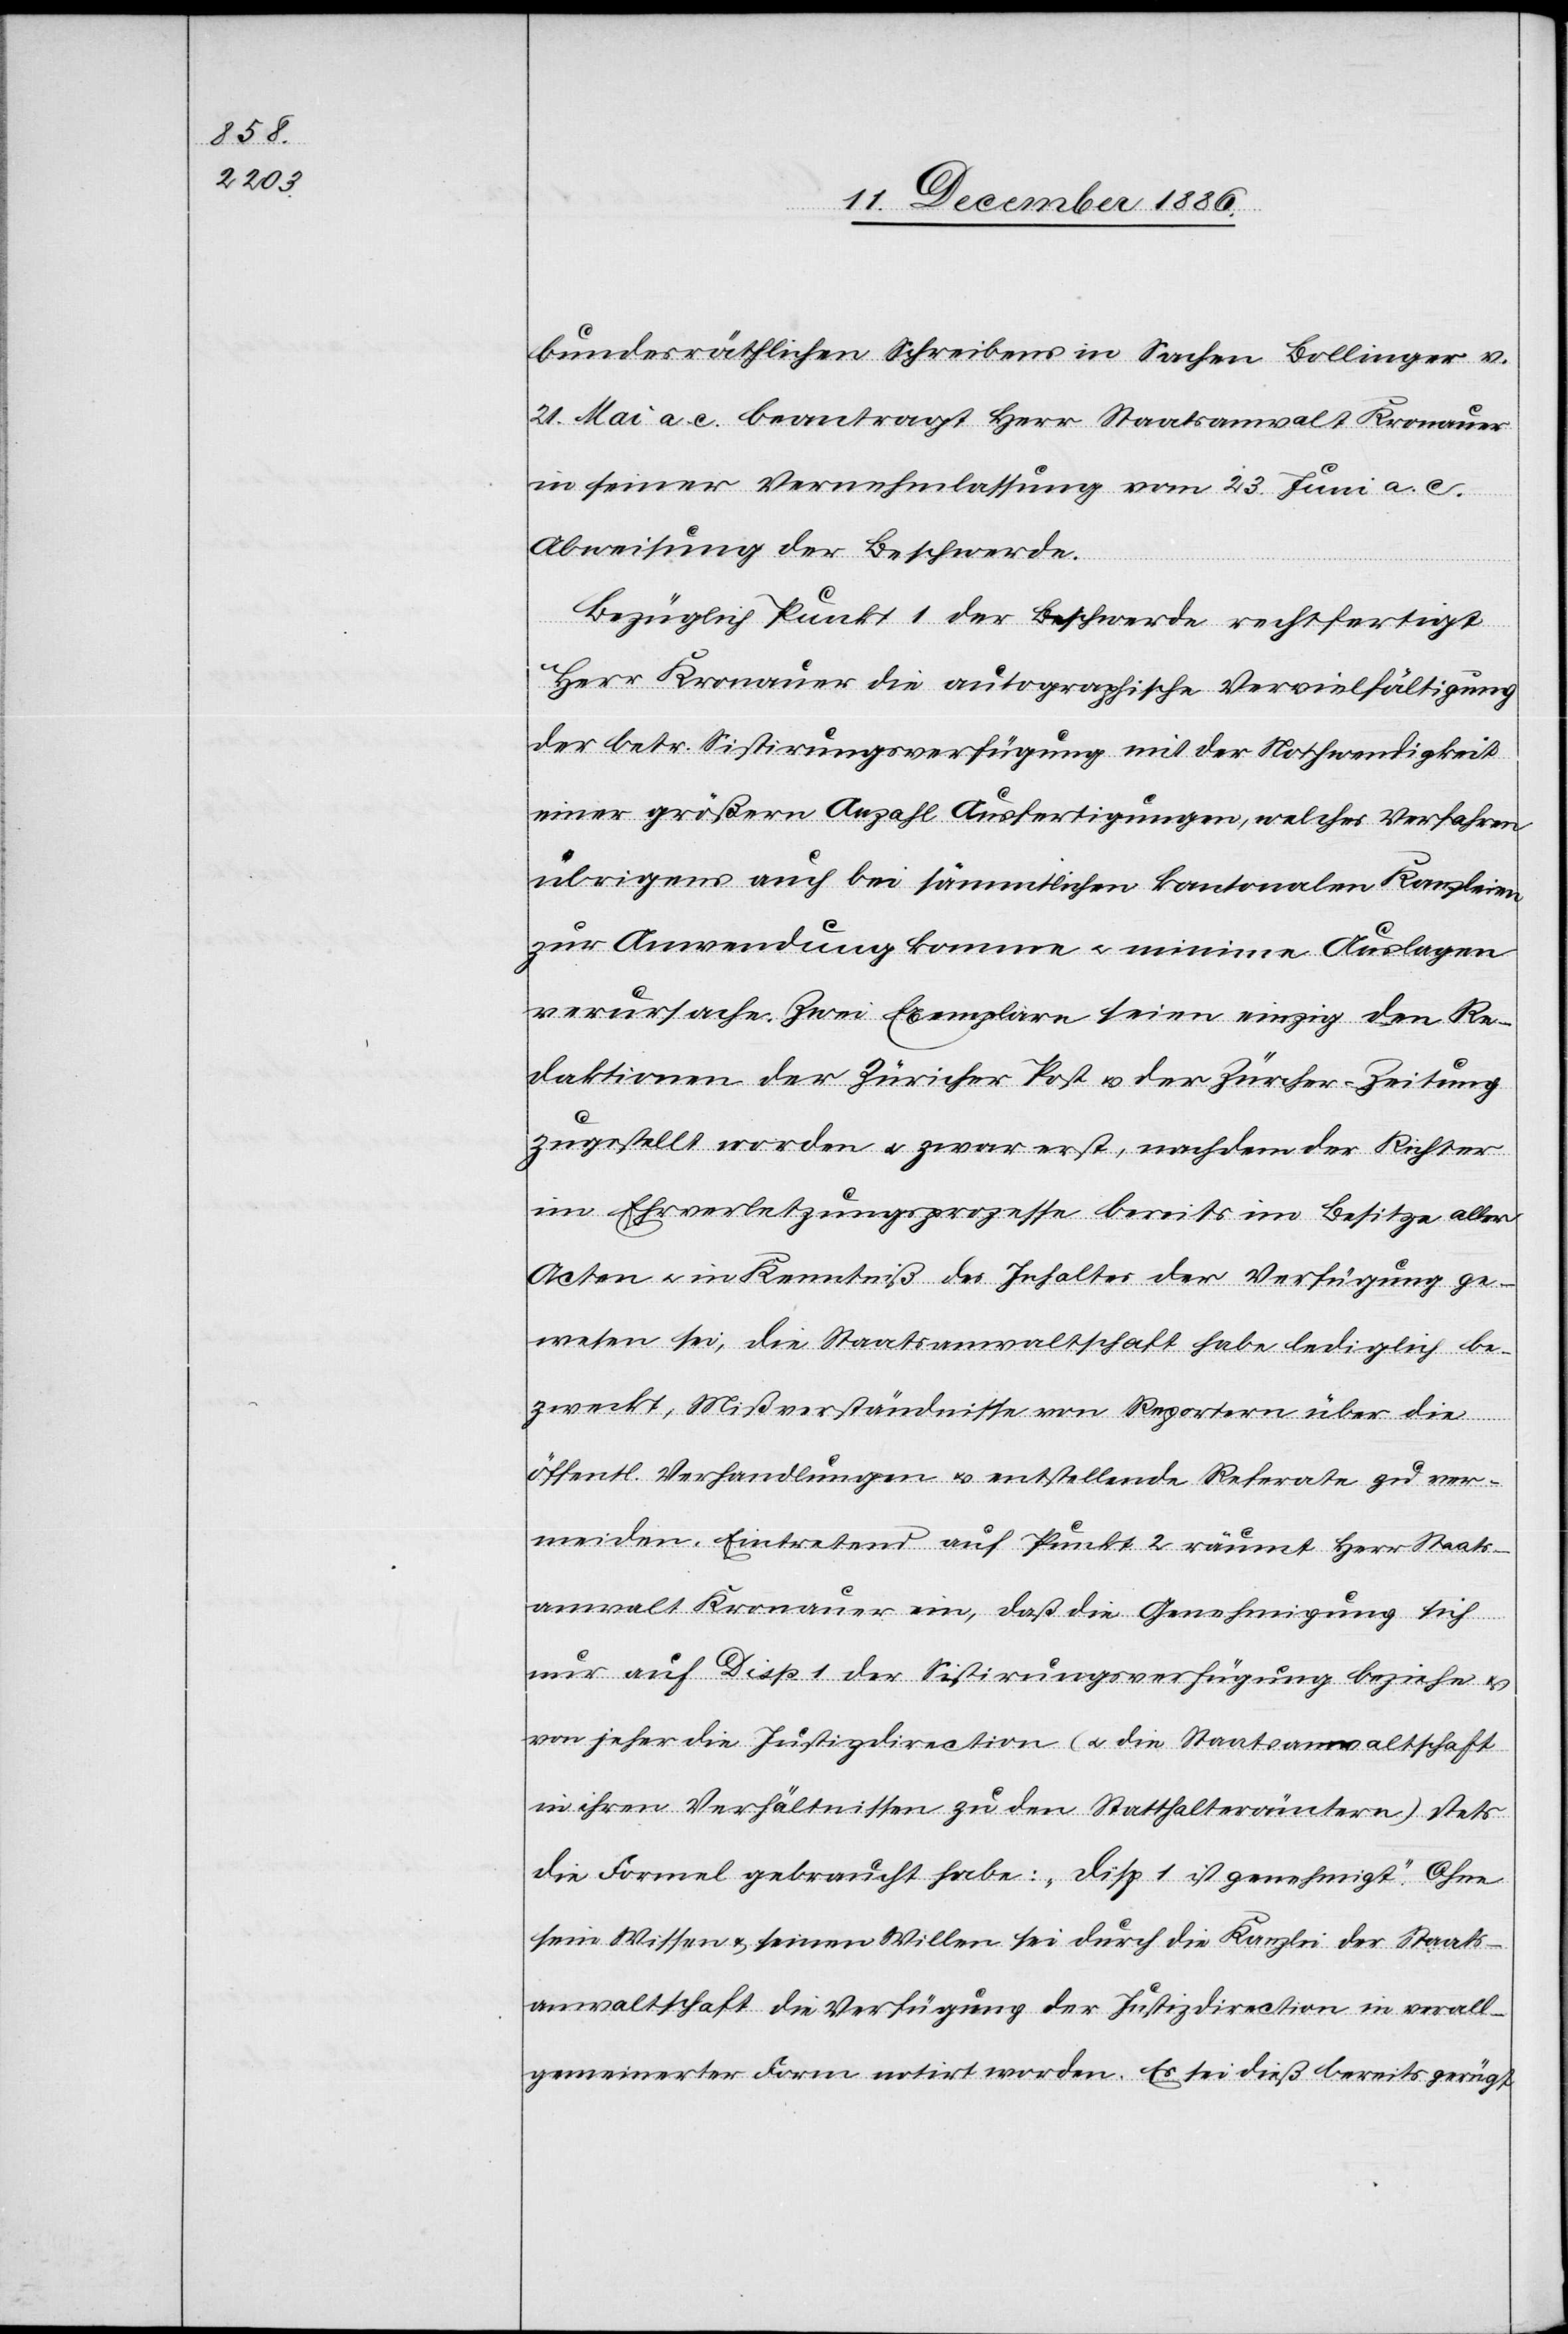
bundesräthlichen Schreibens in Sachen Bollinger v.
21. Mai a. c. beantragt Herr Staatsanwalt Kronauer
in seiner Vernehmlassung vom 23. Juni a. c.
Abweisung der Beschwerde.
Bezüglich Punkt 1 der Beschwerde rechtfertigt
Herr Kronauer die autographische Vervielfältigung
der betr. Sistirungsverfügung mit der Nothwendigkeit
einer größern Anzahl Ausfertigungen, welches Verfahren
übrigens auch bei sämmtlichen kantonalen Kanzleien
zur Anwendung komme & minime Auslagen
verursache. Zwei Exemplare seien einzig den Re¬
daktionen der Züricher Post & der Zürcher-Zeitung
zugestellt worden & zwar erst, nachdem der Richter
im Ehrverletzungsprozesse bereits im Besitze aller
Acten & in Kenntniß des Inhaltes der Verfügung ge¬
wesen sei, die Staatsanwaltschaft habe lediglich be¬
zweckt, Mißverständnisse von Reportern über die
öffentl. Verhandlungen & entstellende Referate zu ver¬
meiden. Eintretend auf Punkt 2 räumt Herr Staats¬
anwalt Kronauer ein, das die Genehmigung sich
nur auf Disp. 1 der Sistirungsverfügung beziehe &
von jeher die Justizdirection (& die Staatsanwaltschaft
in ihren Verhältnissen zu den Statthalterämtern) stets
die Formel gebraucht habe: „Disp. 1 ist genehmigt“. Ohne
sein Wissen & seinen Willen sei durch die Kanzlei der Staats¬
anwaltschaft die Verfügung der Justizdirection in verall¬
gemeinerter Form notirt worden. Es sei dieß bereits gerügt